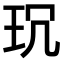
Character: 𤤌